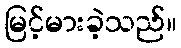
မြင့်မားခဲ့သည်။